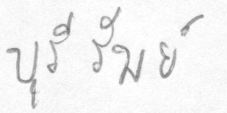
บุรีรัมย์